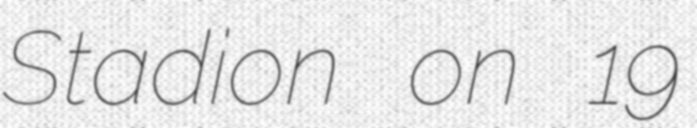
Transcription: Stadion on 19